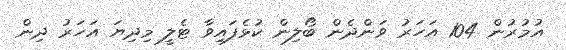
އުމުރުން 104 އަހަރު ވަންދެން ބޯލިން ކުޅެފައިވާ ޓެލީ މިދިޔަ އަހަރު ދިން